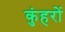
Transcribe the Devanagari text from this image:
कुंहरों